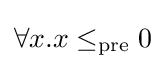
\forall x.x\leq _{\text{pre}}0